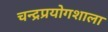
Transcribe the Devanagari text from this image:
चन्द्रप्रयोगशाला